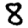
Digit: 8